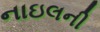
નાઇલની